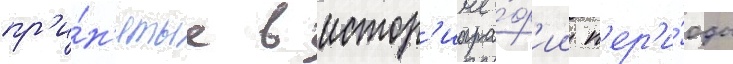
пр'и́н'ятые в истор'иогра́ф'ии п'ер'и́оды